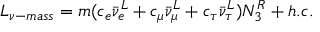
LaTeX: L _ { \nu - m a s s } = m ( c _ { e } \bar { \nu } _ { e } ^ { L } + c _ { \mu } \bar { \nu } _ { \mu } ^ { L } + c _ { \tau } \bar { \nu } _ { \tau } ^ { L } ) N _ { 3 } ^ { R } + h . c .